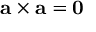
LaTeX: \mathbf { a } \times \mathbf { a } = \mathbf { 0 }